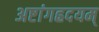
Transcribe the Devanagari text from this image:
अष्टांगह्रदयम्